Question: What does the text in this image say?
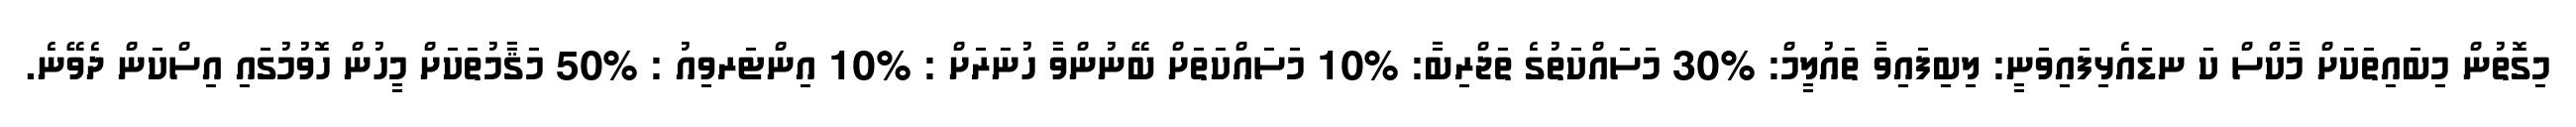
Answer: މިގޮތުން މިބައިތަކަށް މާކްސް ކަ ނޑައެޅިފައިވަނީ: ލިބިފައިވާ ތައުލީމް: %30 މަސައްކަތުގެ ތަޖްރިބާ: %10 މަސައްކަތަށް ބޭނުންވާ ހުނަރަށް : %10 އިންޓަރވިއު : %50 މަޤާމުތަކަށް މީހުން ހޮވުމުގައި އިސްކަން ދެވޭނެ.